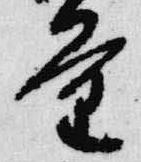
量